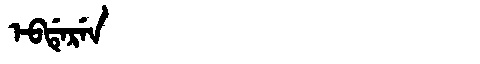
Manchu: ᡝᠪᡩᡝᡵᡝᠨ
Romanization: EBDEREN